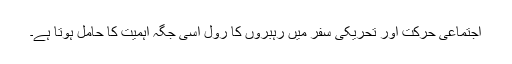
اجتماعی حرکت اور تحریکی سفر میں رہبروں کا رول اسی جگہ اہمیت کا حامل ہوتا ہے۔